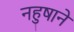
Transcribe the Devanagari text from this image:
नहुषाने